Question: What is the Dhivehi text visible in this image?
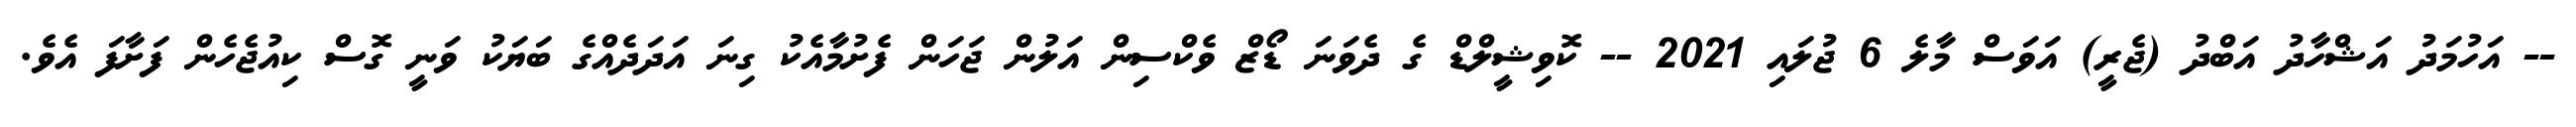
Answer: -- އަހުމަދު އަޝްހާދު އަބްދު (ޖެރީ) އަވަސް މާލެ 6 ޖުލައި 2021 -- ކޮވިޝީލްޑް ގެ ދެވަނަ ޑޯޒް ވެކްސިން އަލުން ޖަހަން ފެށުމާއެކު ގިނަ އަދަދެއްގެ ބަޔަކު ވަނީ ގޮސް ކިއުޖެހެން ފަށާފަ އެވެ.